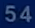
54